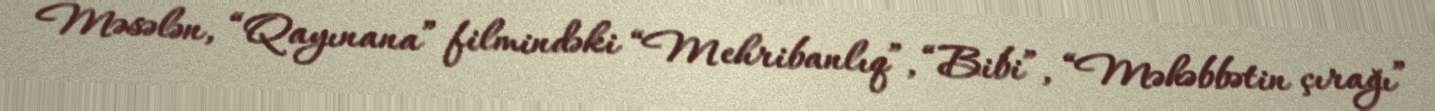
Məsələn, “Qayınana” filmindəki “Mehribanlıq”, “Bibi”, “Məhəbbətin çırağı”